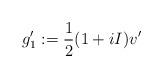
LaTeX: \begin{align*}g_1':=\frac{1}{2}(1+iI)v'\end{align*}